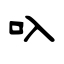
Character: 叺